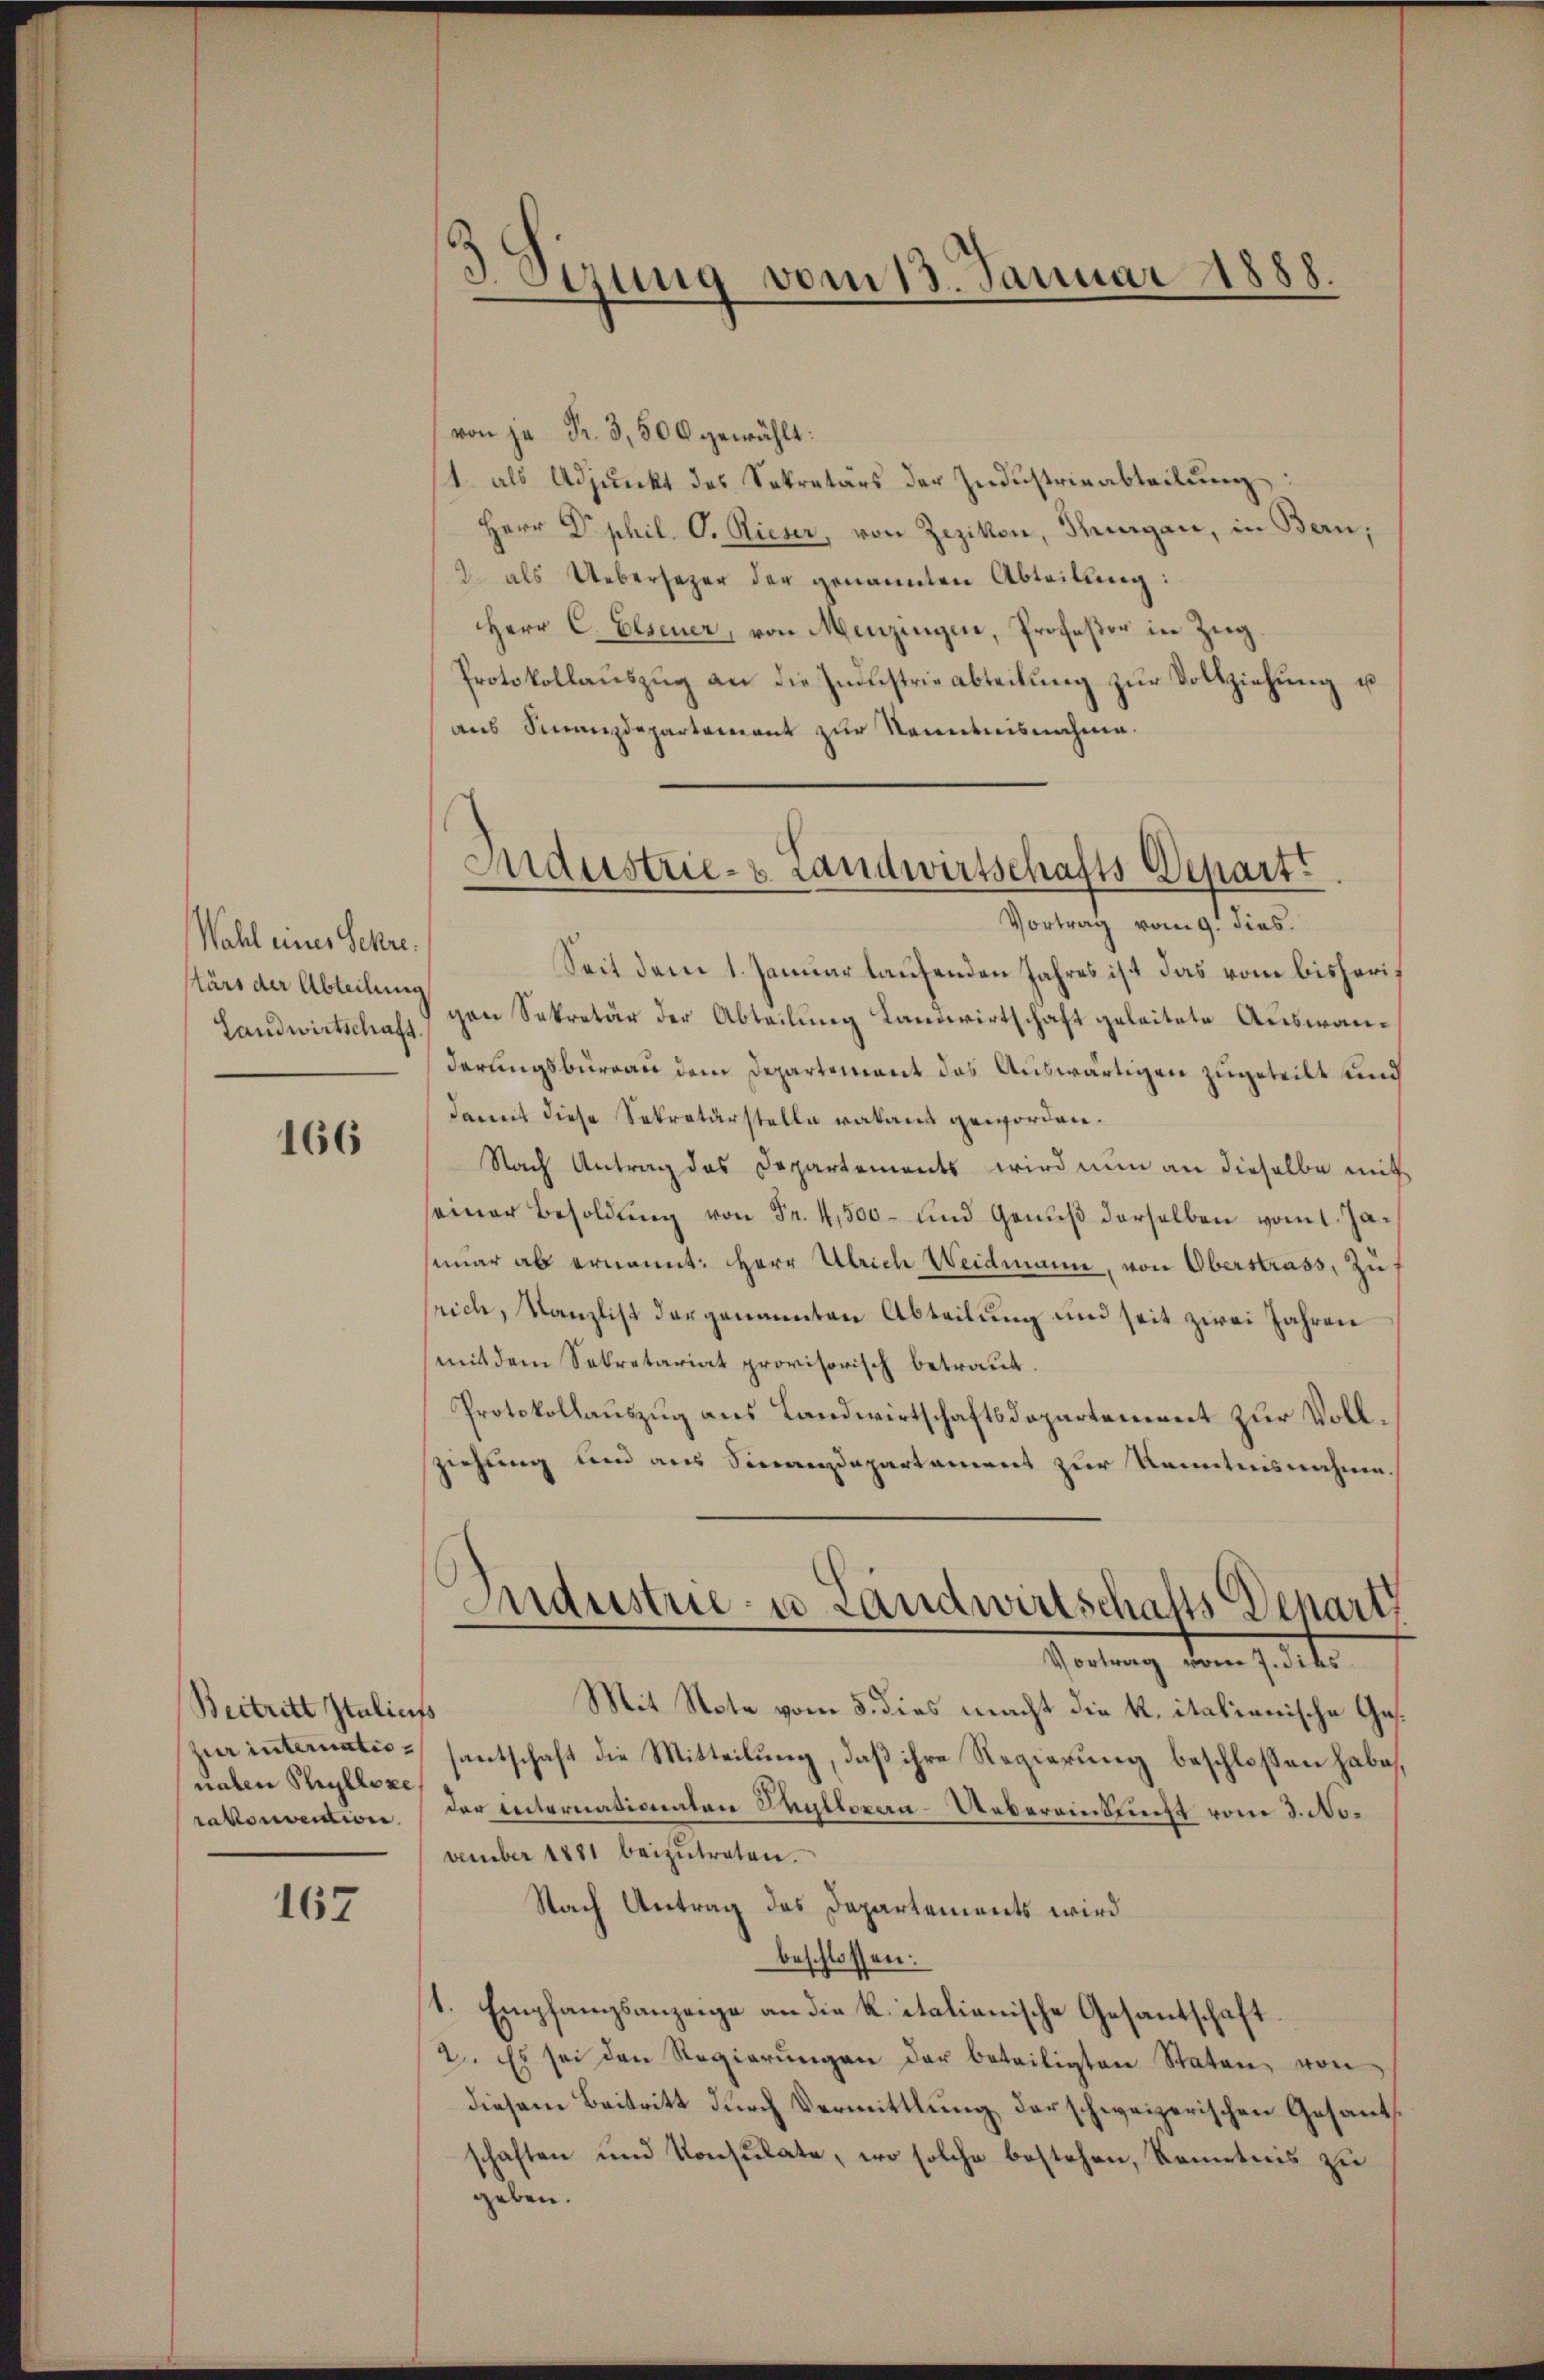
Wahl eines Schre.
Ktärs der Abteilung

166

Beitritt Italicits
zur internationaten Schylloxe,
rakonvention

167

Sizung vom 13. Januar 1888.

von je Fr. 3,500 gewählt:
/1. als Adjunkt des Sekretärs der Industrieabteilung
Herr Dr. phil. O. Rieser, von Zezikon, Thurgau, in Bern,
9. als Uebersezer der genannten Abteilung:
Herr C. Elsener, von Menzingen, Profeßor in Zug.
Protokollaŭszŭg an die Industrieabteilung zur Vollziehung u
aus Finanzdepartement zur Kenntnisnahme.
Vortrag vom 9. dies
Seit dem 1. Januar laufenden Jahres ist das vom bisheri¬
Landwirtschaft) von Sekretär der Abteilung Landwirtschaft geleitete Auswanderungsbüreau dem Departement des Auswärtigen zugeteilt und
damit diese Sekretärstelle vakant geworden.
Nach Antrag des Departements wird nun an dieselbe mit
seiner Besoldung von Fr. 4,500- und Genuß derselben vom 1. Jasemar ab ernannt: Herr Ulrich Weidmann, von Oberstrass, zu
rich, Kanzlist der genannten Abteilung und seit zwei Jahren
mit dem Sekretariat provisorisch betraut.
Protokollauszug aus Landwirtschaftsdepartement zur Vollziehung und aus Finanzdepartament zur Kenntnisnahme.
Industrie- u Landwirtschafts Departi
Heilung dem 7. d.
Mit Note vom 5. dies macht die k. italienische Gessantschaft die Mitteilung, daß ihre Regierung beschloßen habe,
der Enternationaten Thulloxen-Uebereinkunft vom 3. No.
vember 1881 beizŭtreten.
Nach Antrag des Departements wird
beschlossen:
1. Empfangsanzeige an die R. italienische Gesantschaft.
2. Es sei den Regierŭngen der beteiligten Staten von
diesem Beitritt durch Vermittlung der schweizerischen Gesantsschaften und Konsulate, wo solche bestehen, Kenntnis zu
geben.

Industrie- & Landwirtschafts-Depart